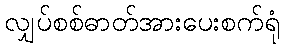
လျှပ်စစ်ဓာတ်အားပေးစက်ရုံ